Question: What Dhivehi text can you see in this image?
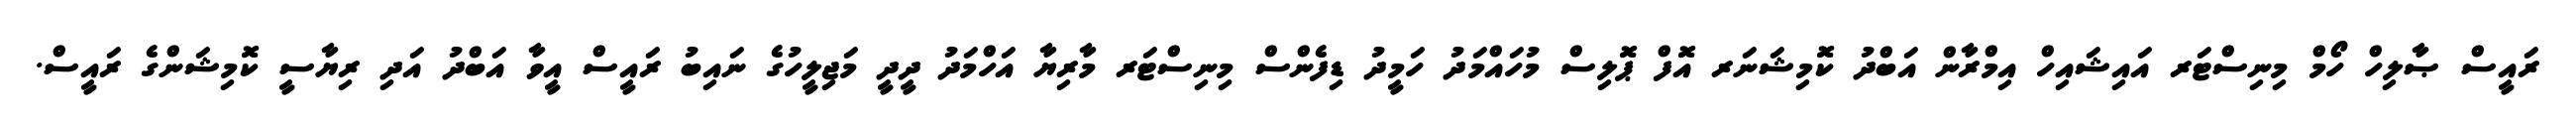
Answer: ރައީސް ޞާލިހް ހޯމް މިނިސްޓަރ އައިޝައިހް އިމްރާން އަބްދު ކޮމިޝަނަރ އޮފް ޕޮލިސް މުހައްމަދު ހަމީދު ޑިފެންސް މިނިސްޓަރ މާރިޔާ އަހްމަދު ދީދީ މަޖިލީހުގެ ނައިބު ރައީސް އީވާ އަބްދު އަދި ރިޔާސީ ކޮމިޝަންގެ ރައީސް.